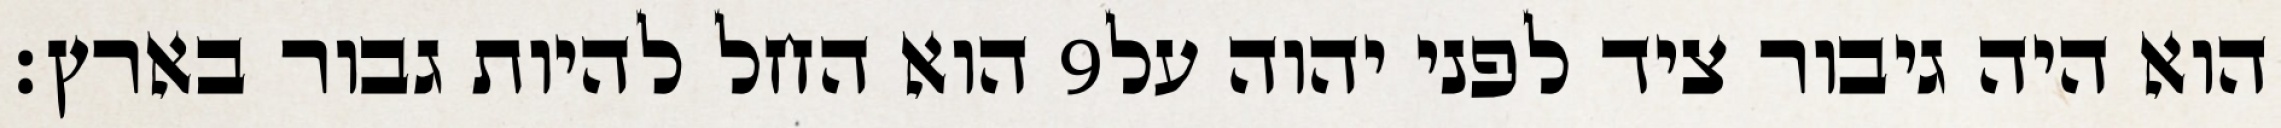
הוא החל להיות גבור בארץ׃ ‎9‏ הוא היה גיבור ציד לפני יהוה על